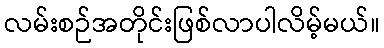
လမ်းစဉ်အတိုင်းဖြစ်လာပါလိမ့်မယ်။